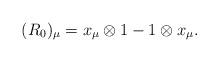
LaTeX: \begin{gather*}(R_0)_\mu=x_\mu\otimes1-1\otimes x_\mu.\end{gather*}